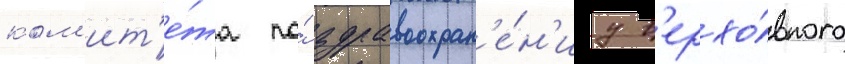
ком'ит'е́та по́ здравоохран'е́н'иу в'ерхо́вного